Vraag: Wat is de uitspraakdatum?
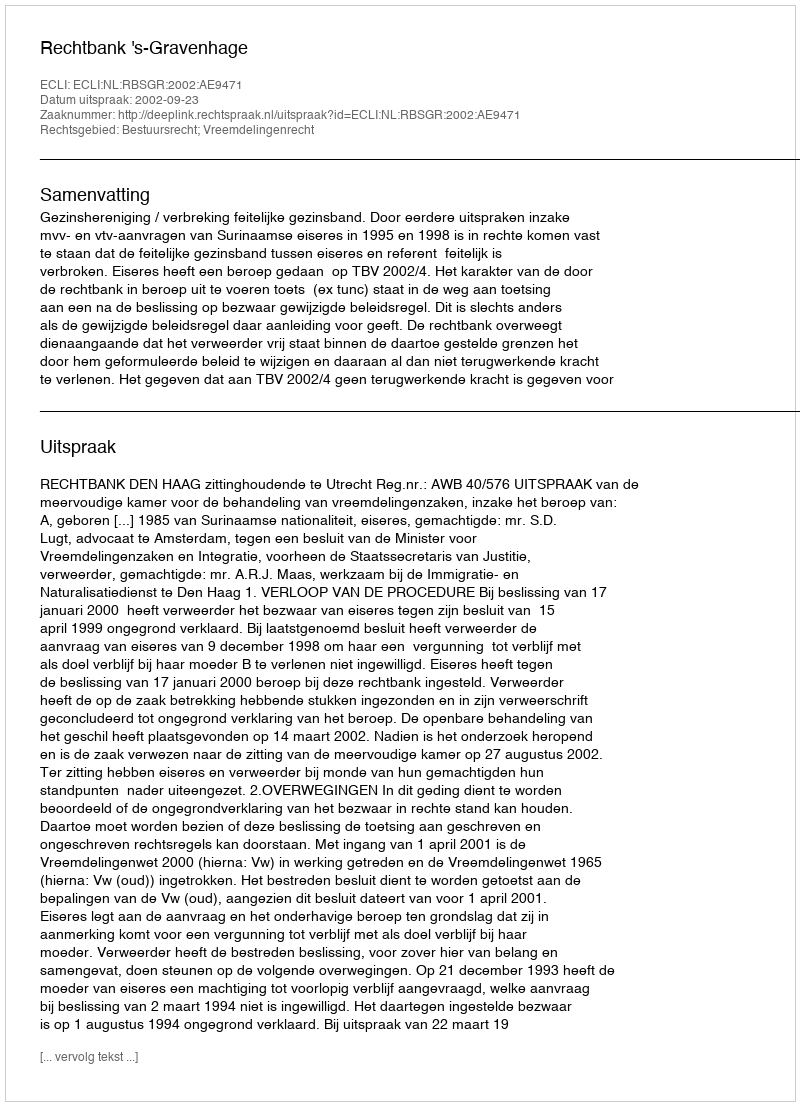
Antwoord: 2002-09-23